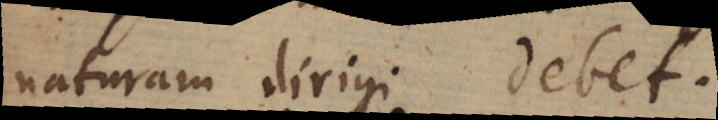
naturam dirigi debet.